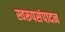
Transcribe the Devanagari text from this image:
स्वरूपसंपादन